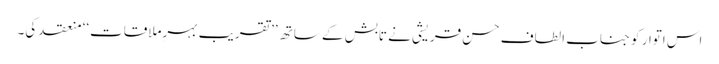
اس اتوار کو جناب الطاف حسن قریشی نے تابش کے ساتھ ’’تقریب بہرِملاقات‘‘ منعقد کی۔